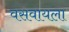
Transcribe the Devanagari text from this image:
वसवायला